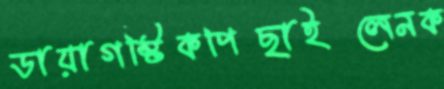
ডায়াগস্টিকপিছাইলেনক